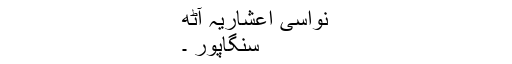
نواسی اعشاریہ آٹھ
سنگاپور ۔